Indian journal of veterinary science and animal husbandry - Volumes 26-27, 1956-1957
Year: 1956
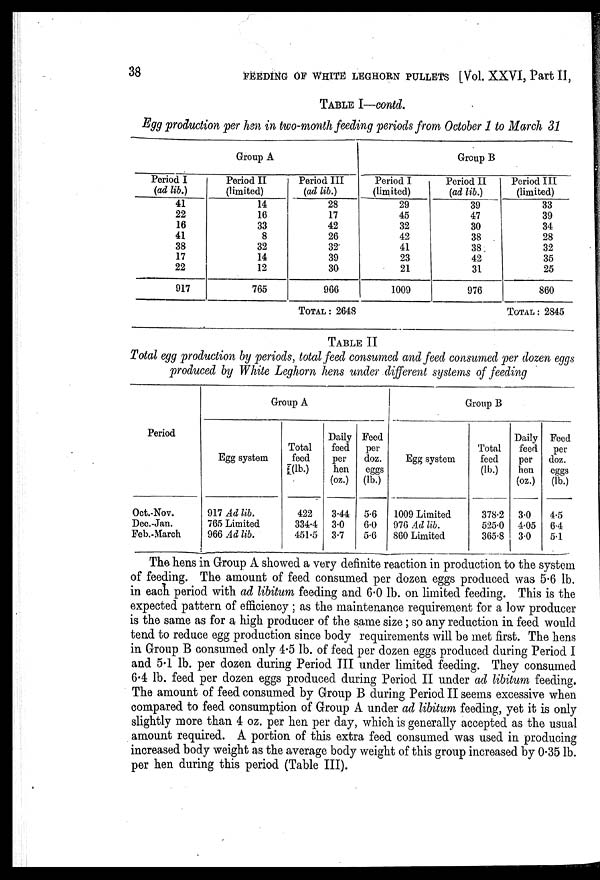
38
FEEDING OF WHITE LEGHORN PULLETS [Vol. XXVI, Part II,
TABLE I—contd.
Egg production per hen in two-month feeding periods from October 1 to March 31
Group A
Period I
(ad lib.)
41
22
16
41
38
17
22
917
Period II
(limited)
14
16
33
8
32
14
12
765
Period III
(ad lib.)
28
17
42
26
32
39
30
966
TOTAL : 2648
Group B
Period I
(limited)
29
45
32
42
41
23
21
1009
Period II
(ad lib.)
39
47
30
38
38
42
31
976
Period III
(limited)
33
39
34
28
32
35
25
860
TOTAL : 2845
TABLE II
Total egg production by periods, total feed consumed and feed consumed per dozen egg
produced by White Leghorn hens under different systems of feeding
Period
Oct.-Nov.
Dec.-Jan.
Feb.-March
Group A
Egg system
917 Ad lib.
765 Limited
966 Ad lib.
Total
feed
(lb.)
422
334.4
451.5
Daily
feed
per
hen
(oz.)
3.44
3.0
3.7
Feed
per
doz.
eggs
(lb.)
5.6
6.0
5.6
Group B
Egg system
1009 Limited
976 Ad lib.
860 Limited
Total
feed
(lb.)
378.2
525.0
365.8
Daily
feed
per
hen
(oz.)
3.0
4.05
3.0
Feed
per
doz.
eggs
(lb.)
4.5
6.4
5.1
The hens in Group A showed a very definite reaction in production to the system
of feeding. The amount of feed consumed per dozen eggs produced was 5.6 lb.
in each period with ad libitum feeding and 6.0 lb. on limited feeding. This is the
expected pattern of efficiency ; as the maintenance requirement for a low producer
is the same as for a high producer of the same size ; so any reduction in feed would
tend to reduce egg production since body requirements will be met first. The hens
in Group B consumed only 4.5 lb. of feed per dozen eggs produced during Period I
and 5.1 lb. per dozen during Period III under limited feeding. They consumed
6.4 lb. feed per dozen eggs produced during Period II under ad libitum feeding.
The amount of feed consumed by Group B during Period II seems excessive when
compared to feed consumption of Group A under ad libitum feeding, yet it is only
slightly more than 4 oz. per hen per day, which is generally accepted as the usual
amount required. A portion of this extra feed consumed was used in producing
increased body weight as the average body weight of this group increased by 0.35 lb.
per hen during this period (Table III).